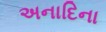
અનાદિના